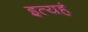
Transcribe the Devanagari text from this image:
इत्यहं